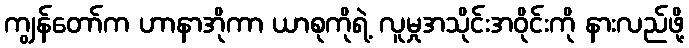
ကျွန်တော်က ဟာနာအိုကာ ယာစုကိုရဲ့ လူမှုအသိုင်းအဝိုင်းကို နားလည်ဖို့